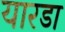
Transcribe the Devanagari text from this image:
यारडा